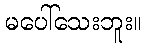
မပေါ်သေးဘူး။